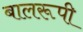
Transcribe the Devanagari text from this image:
बालरूपी